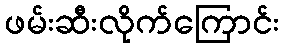
ဖမ်းဆီးလိုက်ကြောင်း